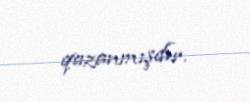
qazanmışdır.